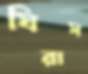
ঘিরাস